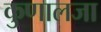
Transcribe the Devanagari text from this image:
कुणालजा